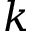
k